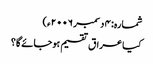
شمارہ: ۴ دسمبر ۲۰۰۶ء)
کیا عراق تقسیم ہوجائے گا؟